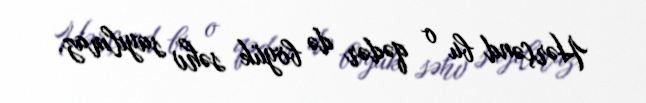
Hərçənd bu o qədər də böyük səhv sayılmaz.